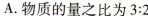
A.物质的量之比为$$3:2$$